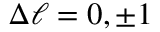
\Delta \ell = 0 , \pm 1